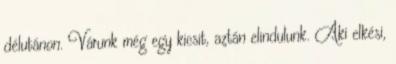
délutánon. Várunk még egy kicsit, aztán elindulunk. Aki elkési,